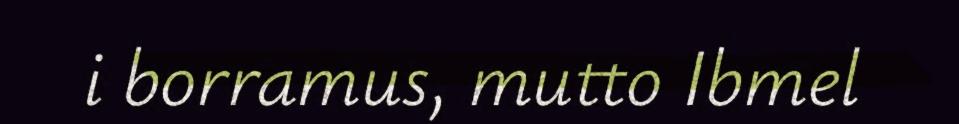
i borramus, mutto Ibmel